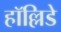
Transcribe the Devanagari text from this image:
हॉल्लिडे